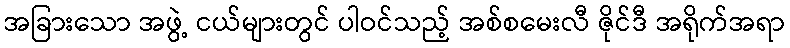
အခြားသော အဖွဲ့ ငယ်များတွင် ပါဝင်သည့် အစ်စမေးလီ ဇိုင်ဒီ အရိုက်အရာ